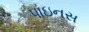
પાઇનસ